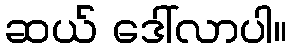
ဆယ် ဒေါ်လာပါ။